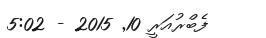
ފެބްރުއަރީ 10